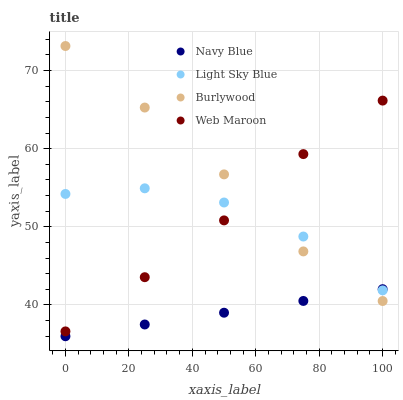
| xaxis_label | Navy Blue | Light Sky Blue | Burlywood | Web Maroon |
 | --- | --- | --- | --- | --- |
 | 0 | 36 | 54.2 | 73.1 | 36.6 |
 | 25 | 37.5 | 54.9 | 65.3 | 43.6 |
 | 50 | 39 | 53.1 | 56.7 | 50.8 |
 | 75 | 40.5 | 48.8 | 46.9 | 59.3 |
 | 100 | 42 | 41.9 | 40.5 | 66.1 |